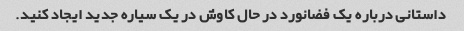
داستانی درباره یک فضانورد در حال کاوش در یک سیاره جدید ایجاد کنید.